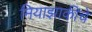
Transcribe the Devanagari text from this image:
मियाझाकीचे